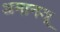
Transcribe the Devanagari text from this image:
अमानजू